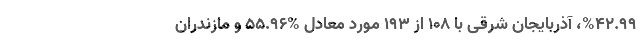
%۴۲.۹۹، آذربایجان شرقی با ۱۰۸ از ۱۹۳ مورد معادل %۵۵.۹۶ و مازندران